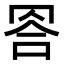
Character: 𦊭